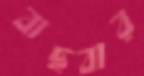
বাছবার